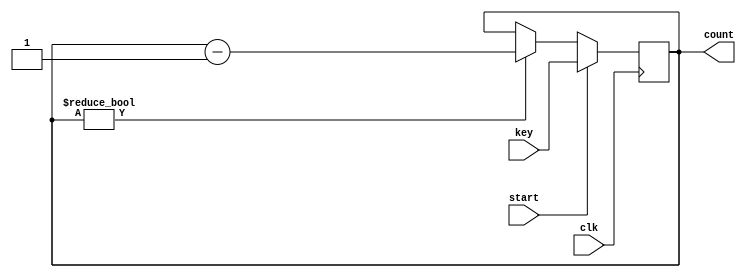
module counter #(parameter WIDTH=6)(
	input [WIDTH-1:0]key,
	input start,
	input clk,
	output reg [WIDTH-1:0] count
);

	
always@(posedge clk) begin
	if (start==1'b1)
		count<=key;
	else begin 
		//if(start==1'b1)
		//	count <= key;
		//else begin
		if(count!=0)
			count<=count-1;
		else
			count<=count;
		//end
	end

end


endmodule